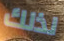
لذلك